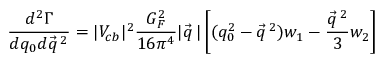
\frac { d ^ { 2 } \Gamma } { d q _ { 0 } d \vec { q } \, ^ { 2 } } = | V _ { c b } | ^ { 2 } \frac { G _ { F } ^ { 2 } } { 1 6 \pi ^ { 4 } } | \vec { q } \, | \left[ ( q _ { 0 } ^ { 2 } - \vec { q } \, ^ { 2 } ) w _ { 1 } - \frac { \vec { q } \, ^ { 2 } } { 3 } w _ { 2 } \right]